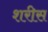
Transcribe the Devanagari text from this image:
शरीस